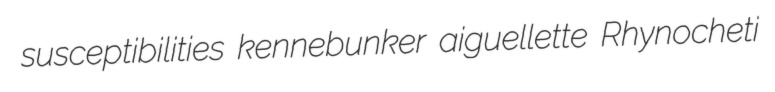
susceptibilities kennebunker aiguellette Rhynocheti